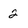
Character: 2